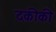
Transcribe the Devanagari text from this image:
दकीकी